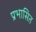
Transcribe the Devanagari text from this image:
प्रभासित